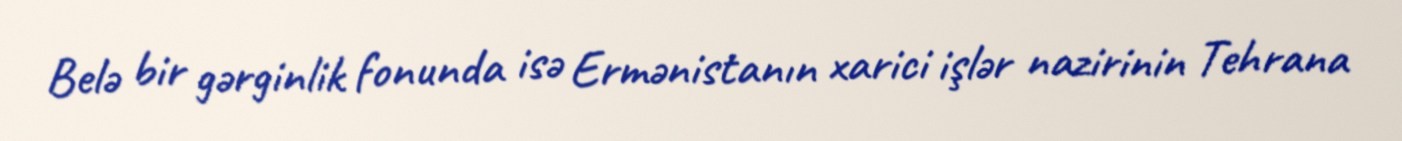
Belə bir gərginlik fonunda isə Ermənistanın xarici işlər nazirinin Tehrana